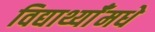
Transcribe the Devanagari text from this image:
विद्यार्थ्याँमधे